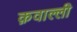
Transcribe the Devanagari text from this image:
क़वाल्ली